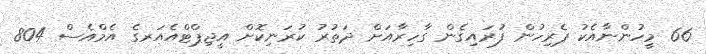
66 މީހުންނާއެކު ޕެރިހުން ފުރައިގެން ގާހިރާއަށް ދަތުރު ކުރަނިކޮށް އީޖިޕްޓްއެއަރގެ އެމްއެސް 804